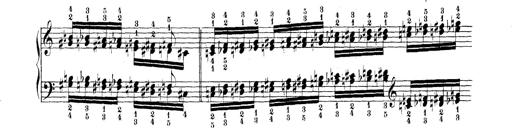
Title: Technische Studien
Composer: Franz Liszt